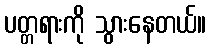
ပတ္တရားကို သွားနေတယ်။